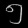
Digit: ၅